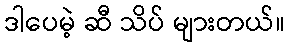
ဒါပေမဲ့ ဆီ သိပ် များတယ်။